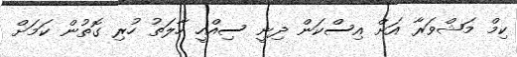
ކިމް މަޝްވަރާ އަށް އިސްކަން ދިނީ ސިއްހީ ހާލަތު ހުރި ގޮތުން ކަމަށް